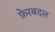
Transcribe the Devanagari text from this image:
फ़ेरबदल